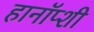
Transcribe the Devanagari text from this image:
हानॉप्शी